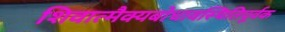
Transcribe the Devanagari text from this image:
शिवात्मैक्यबोधावस्थितिपूर्वक